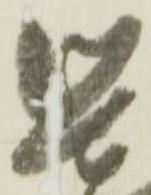
堅